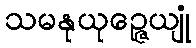
သမနုယုဉ္ဇေယျုံ